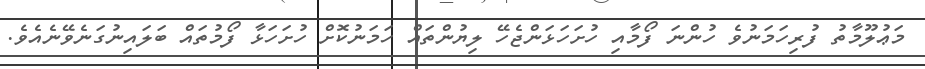
މަޢުލޫމާތު ފުރިހަމަނުވެ ހުންނަ ފޯމާއި ހުށަހަޅަންޖެހޭ ލިޔުންތައް ހަމަނުކޮށް ހުށަހަޅާ ފޯމުތައް ބަލައިނުގަނެވޭނެއެވެ.